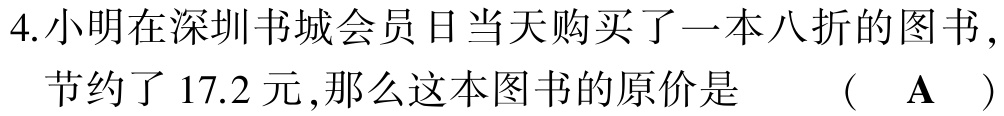
4.小明在深圳书城会员日当天购买了一本八折的图书，

节约了17.2元,那么这本图书的原价是 （ A ）